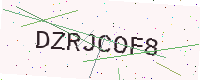
Text: DZRJCOF8